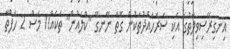
އިނގިރޭސިވިލާތުގެ އެކި ސަރަހައްދުތަކުން ގޮތް ނޭނގޭ "ކްލައުން" ތަކެއް!1 މަސް 2 ހަފްތާ